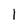
Character: l